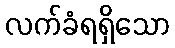
လက်ခံရရှိသော